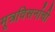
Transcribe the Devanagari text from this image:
मूत्रविसर्नाची